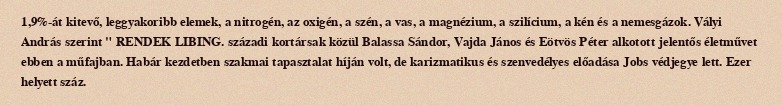
1,9%-át kitevő, leggyakoribb elemek, a nitrogén, az oxigén, a szén, a vas, a magnézium, a szilícium, a kén és a nemesgázok. Vályi András szerint " RENDEK LIBING. századi kortársak közül Balassa Sándor, Vajda János és Eötvös Péter alkotott jelentős életművet ebben a műfajban. Habár kezdetben szakmai tapasztalat híján volt, de karizmatikus és szenvedélyes előadása Jobs védjegye lett. Ezer helyett száz.